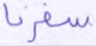
سفرنا